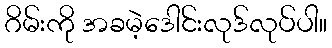
ဂိမ်းကို အခမဲ့ဒေါင်းလုဒ်လုပ်ပါ။